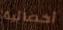
أخصائية